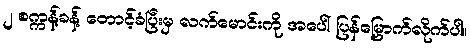
၂ စက္ကန့်ခန့် တောင့်ခံပြီးမှ လက်မောင်းကို အပေါ် ပြန်မြှောက်လိုက်ပါ။